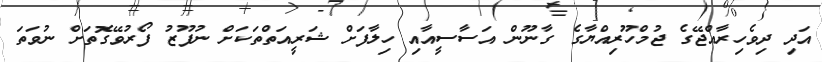
އަދި ދިވެހިރާއްޖޭގެ ޖުމްހޫރިއްޔާގެ ގާނޫން އަސާސީއާއި ހިލާފަށް ޝަރީއަތްތަކަށް ނުފޫޒު ފޯރުވޭގޮތަށް ނުވަތަ